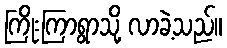
ကြိုးကြာရွာသို့ လာခဲ့သည်။